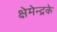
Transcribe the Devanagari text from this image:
क्षेमेन्द्रके